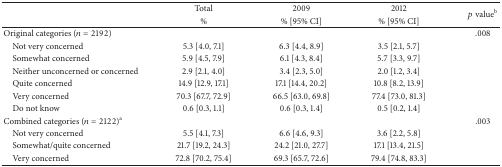
<table><thead><tr><td><b> </b></td><td><b>Total</b></td><td><b>2009</b></td><td><b>2012</b></td><td rowspan="2"><b><i>p</i> value<sup>b</sup></b></td></tr><tr><td><b> </b></td><td><b>%</b></td><td><b>% [95% CI]</b></td><td><b>% [95% CI]</b></td></tr></thead><tbody><tr><td>Original categories (<i>n</i> = 2192)</td><td> </td><td> </td><td> </td><td>.008</td></tr><tr><td> Not very concerned</td><td>5.3 [4.0, 7.1]</td><td>6.3 [4.4, 8.9]</td><td>3.5 [2.1, 5.7]</td><td> </td></tr><tr><td> Somewhat concerned</td><td>5.9 [4.5, 7.9]</td><td>6.1 [4.3, 8.4]</td><td>5.7 [3.3, 9.7]</td><td> </td></tr><tr><td> Neither unconcerned or concerned</td><td>2.9 [2.1, 4.0]</td><td>3.4 [2.3, 5.0]</td><td>2.0 [1.2, 3.4]</td><td> </td></tr><tr><td> Quite concerned</td><td>14.9 [12.9, 17.1]</td><td>17.1 [14.4, 20.2]</td><td>10.8 [8.2, 13.9]</td><td> </td></tr><tr><td> Very concerned</td><td>70.3 [67.7, 72.9]</td><td>66.5 [63.0, 69.8]</td><td>77.4 [73.0, 81.3]</td><td> </td></tr><tr><td> Do not know</td><td>0.6 [0.3, 1.1]</td><td>0.6 [0.3, 1.4]</td><td>0.5 [0.2, 1.4]</td><td> </td></tr><tr><td>Combined categories (<i>n</i> = 2122)<sup>a</sup></td><td> </td><td> </td><td> </td><td>.003</td></tr><tr><td> Not very concerned</td><td>5.5 [4.1, 7.3]</td><td>6.6 [4.6, 9.3]</td><td>3.6 [2.2, 5.8]</td><td> </td></tr><tr><td> Somewhat/quite concerned</td><td>21.7 [19.2, 24.3]</td><td>24.2 [21.0, 27.7]</td><td>17.1 [13.4, 21.5]</td><td> </td></tr><tr><td> Very concerned</td><td>72.8 [70.2, 75.4]</td><td>69.3 [65.7, 72.6]</td><td>79.4 [74.8, 83.3]</td><td> </td></tr></tbody></table>